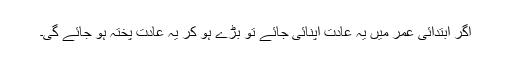
اگر ابتدائی عمر میں یہ عادت اپنائی جائے تو بڑے ہو کر یہ عادت پختہ ہو جائے گی۔